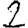
Digit: 2